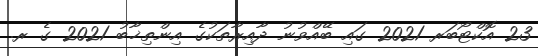
23 އޮކްޓޯބަރ 2021 ގައި ބޭއްވުނު ދާއިރާތަކުގެ އިންތިޚާބު 2021 ގެ ރ.